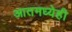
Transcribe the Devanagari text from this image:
आतमध्येही